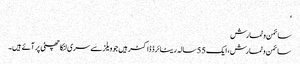
‘
سائمن وٹمارش
سائمن وٹمارش، ایک 55 سالہ ریٹائرڈ ڈاکٹر ہیں جو ویلز سے سری لنکا چھٹی پر آئے ہیں۔